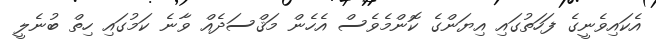
އެކައިވެނީގެ ފަހަތުގައި އިޔަންގެ ކޮންމެވެސް އެހެން މަޤްސަދެއް ވާނެ ކަމުގައި ހިތް ބުނެލީ